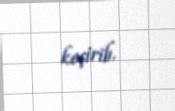
keçirib.